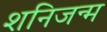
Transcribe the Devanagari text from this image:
शनिजन्म